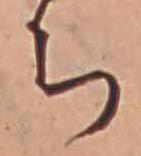
ち